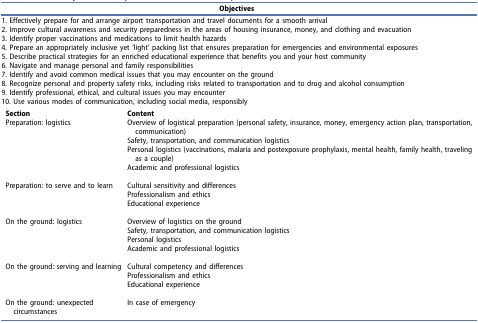
<table><thead><tr><td colspan="2"><b>Objectives</b></td></tr></thead><tbody><tr><td colspan="2">1. Effectively prepare for and arrange airport transportation and travel documents for a smooth arrival</td></tr><tr><td colspan="2">2. Improve cultural awareness and security preparedness in the areas of housing insurance, money, and clothing and evacuation</td></tr><tr><td colspan="2">3. Identify proper vaccinations and medications to limit health hazards</td></tr><tr><td colspan="2">4. Prepare an appropriately inclusive yet ‘light’ packing list that ensures preparation for emergencies and environmental exposures</td></tr><tr><td colspan="2">5. Describe practical strategies for an enriched educational experience that benefits you and your host community</td></tr><tr><td colspan="2">6. Navigate and manage personal and family responsibilities</td></tr><tr><td colspan="2">7. Identify and avoid common medical issues that you may encounter on the ground</td></tr><tr><td colspan="2">8. Recognize personal and property safety risks, including risks related to transportation and to drug and alcohol consumption</td></tr><tr><td colspan="2">9. Identify professional, ethical, and cultural issues you may encounter</td></tr><tr><td colspan="2">10. Use various modes of communication, including social media, responsibly</td></tr><tr><td><b>Section</b></td><td><b>Content</b></td></tr><tr><td rowspan="5">Preparation: logistics</td><td>Overview of logistical preparation (personal safety, insurance, money, emergency action plan, transportation, communication)</td></tr><tr><td>Safety, transportation, and communication logistics</td></tr><tr><td>Personal logistics (vaccinations, malaria and postexposure prophylaxis, mental health, family health, traveling as a couple)</td></tr><tr><td>Academic and professional logistics</td></tr><tr><td> </td></tr><tr><td rowspan="4">Preparation: to serve and to learn</td><td>Cultural sensitivity and differences</td></tr><tr><td>Professionalism and ethics</td></tr><tr><td>Educational experience</td></tr><tr><td> </td></tr><tr><td rowspan="5">On the ground: logistics</td><td>Overview of logistics on the ground</td></tr><tr><td>Safety, transportation, and communication logistics</td></tr><tr><td>Personal logistics</td></tr><tr><td>Academic and professional logistics</td></tr><tr><td> </td></tr><tr><td rowspan="4">On the ground: serving and learning</td><td>Cultural competency and differences</td></tr><tr><td>Professionalism and ethics</td></tr><tr><td>Educational experience</td></tr><tr><td> </td></tr><tr><td rowspan="2">On the ground: unexpected circumstances</td><td>In case of emergency</td></tr><tr><td> </td></tr></tbody></table>